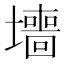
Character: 𫮶